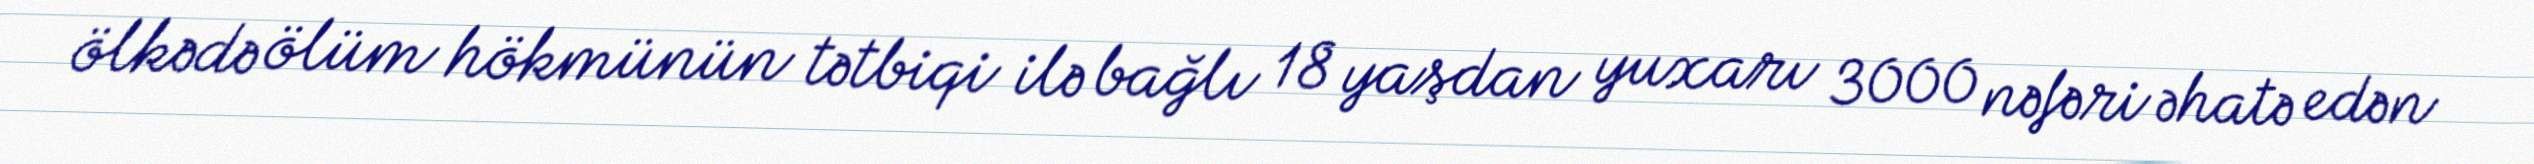
ölkədə ölüm hökmünün tətbiqi ilə bağlı 18 yaşdan yuxarı 3000 nəfəri əhatə edən